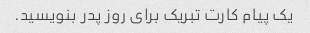
یک پیام کارت تبریک برای روز پدر بنویسید.